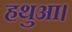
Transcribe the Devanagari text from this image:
हथुआ।